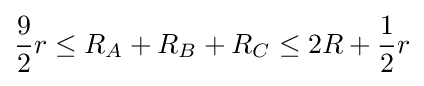
{\frac {9}{2}}r\leq R_{A}+R_{B}+R_{C}\leq 2R+{\frac {1}{2}}r